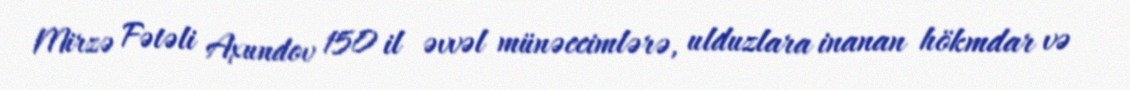
Mirzə Fətəli Axundov 150 il əvvəl münəccimlərə, ulduzlara inanan hökmdar və